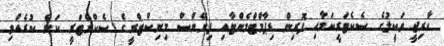
ހާރިޖީ ވަކީލުގެ ސެކެޓަރީކަމާއި ފޮރިން ޑިޕާމްޓްމެންޓާއި ފިނޭންސް މިނިސްޓްރީގެ ސެކްރެޓަރީ ކަން ކުރެއްވި